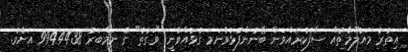
އިތުރު މައުލޫމާތެއް ސާފުކުރައްވަން ބޭނުންފުޅުވާނަމަ ގުޅުއްވާނީ "ވަގުތު" ގެ ނަމްބަރު 9944438 އަށެވެ.